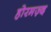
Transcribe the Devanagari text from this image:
होरमज़्द